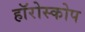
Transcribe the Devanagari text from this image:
हॉरोस्कोप